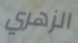
الزهري